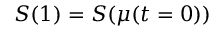
S ( 1 ) = S ( \mu ( t = 0 ) )